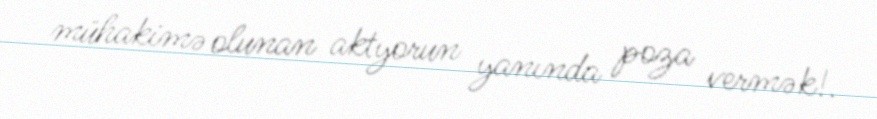
mühakimə olunan aktyorun yanında poza vermək!.